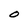
Character: O